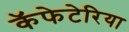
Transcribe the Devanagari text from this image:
कॅफेटेरिया